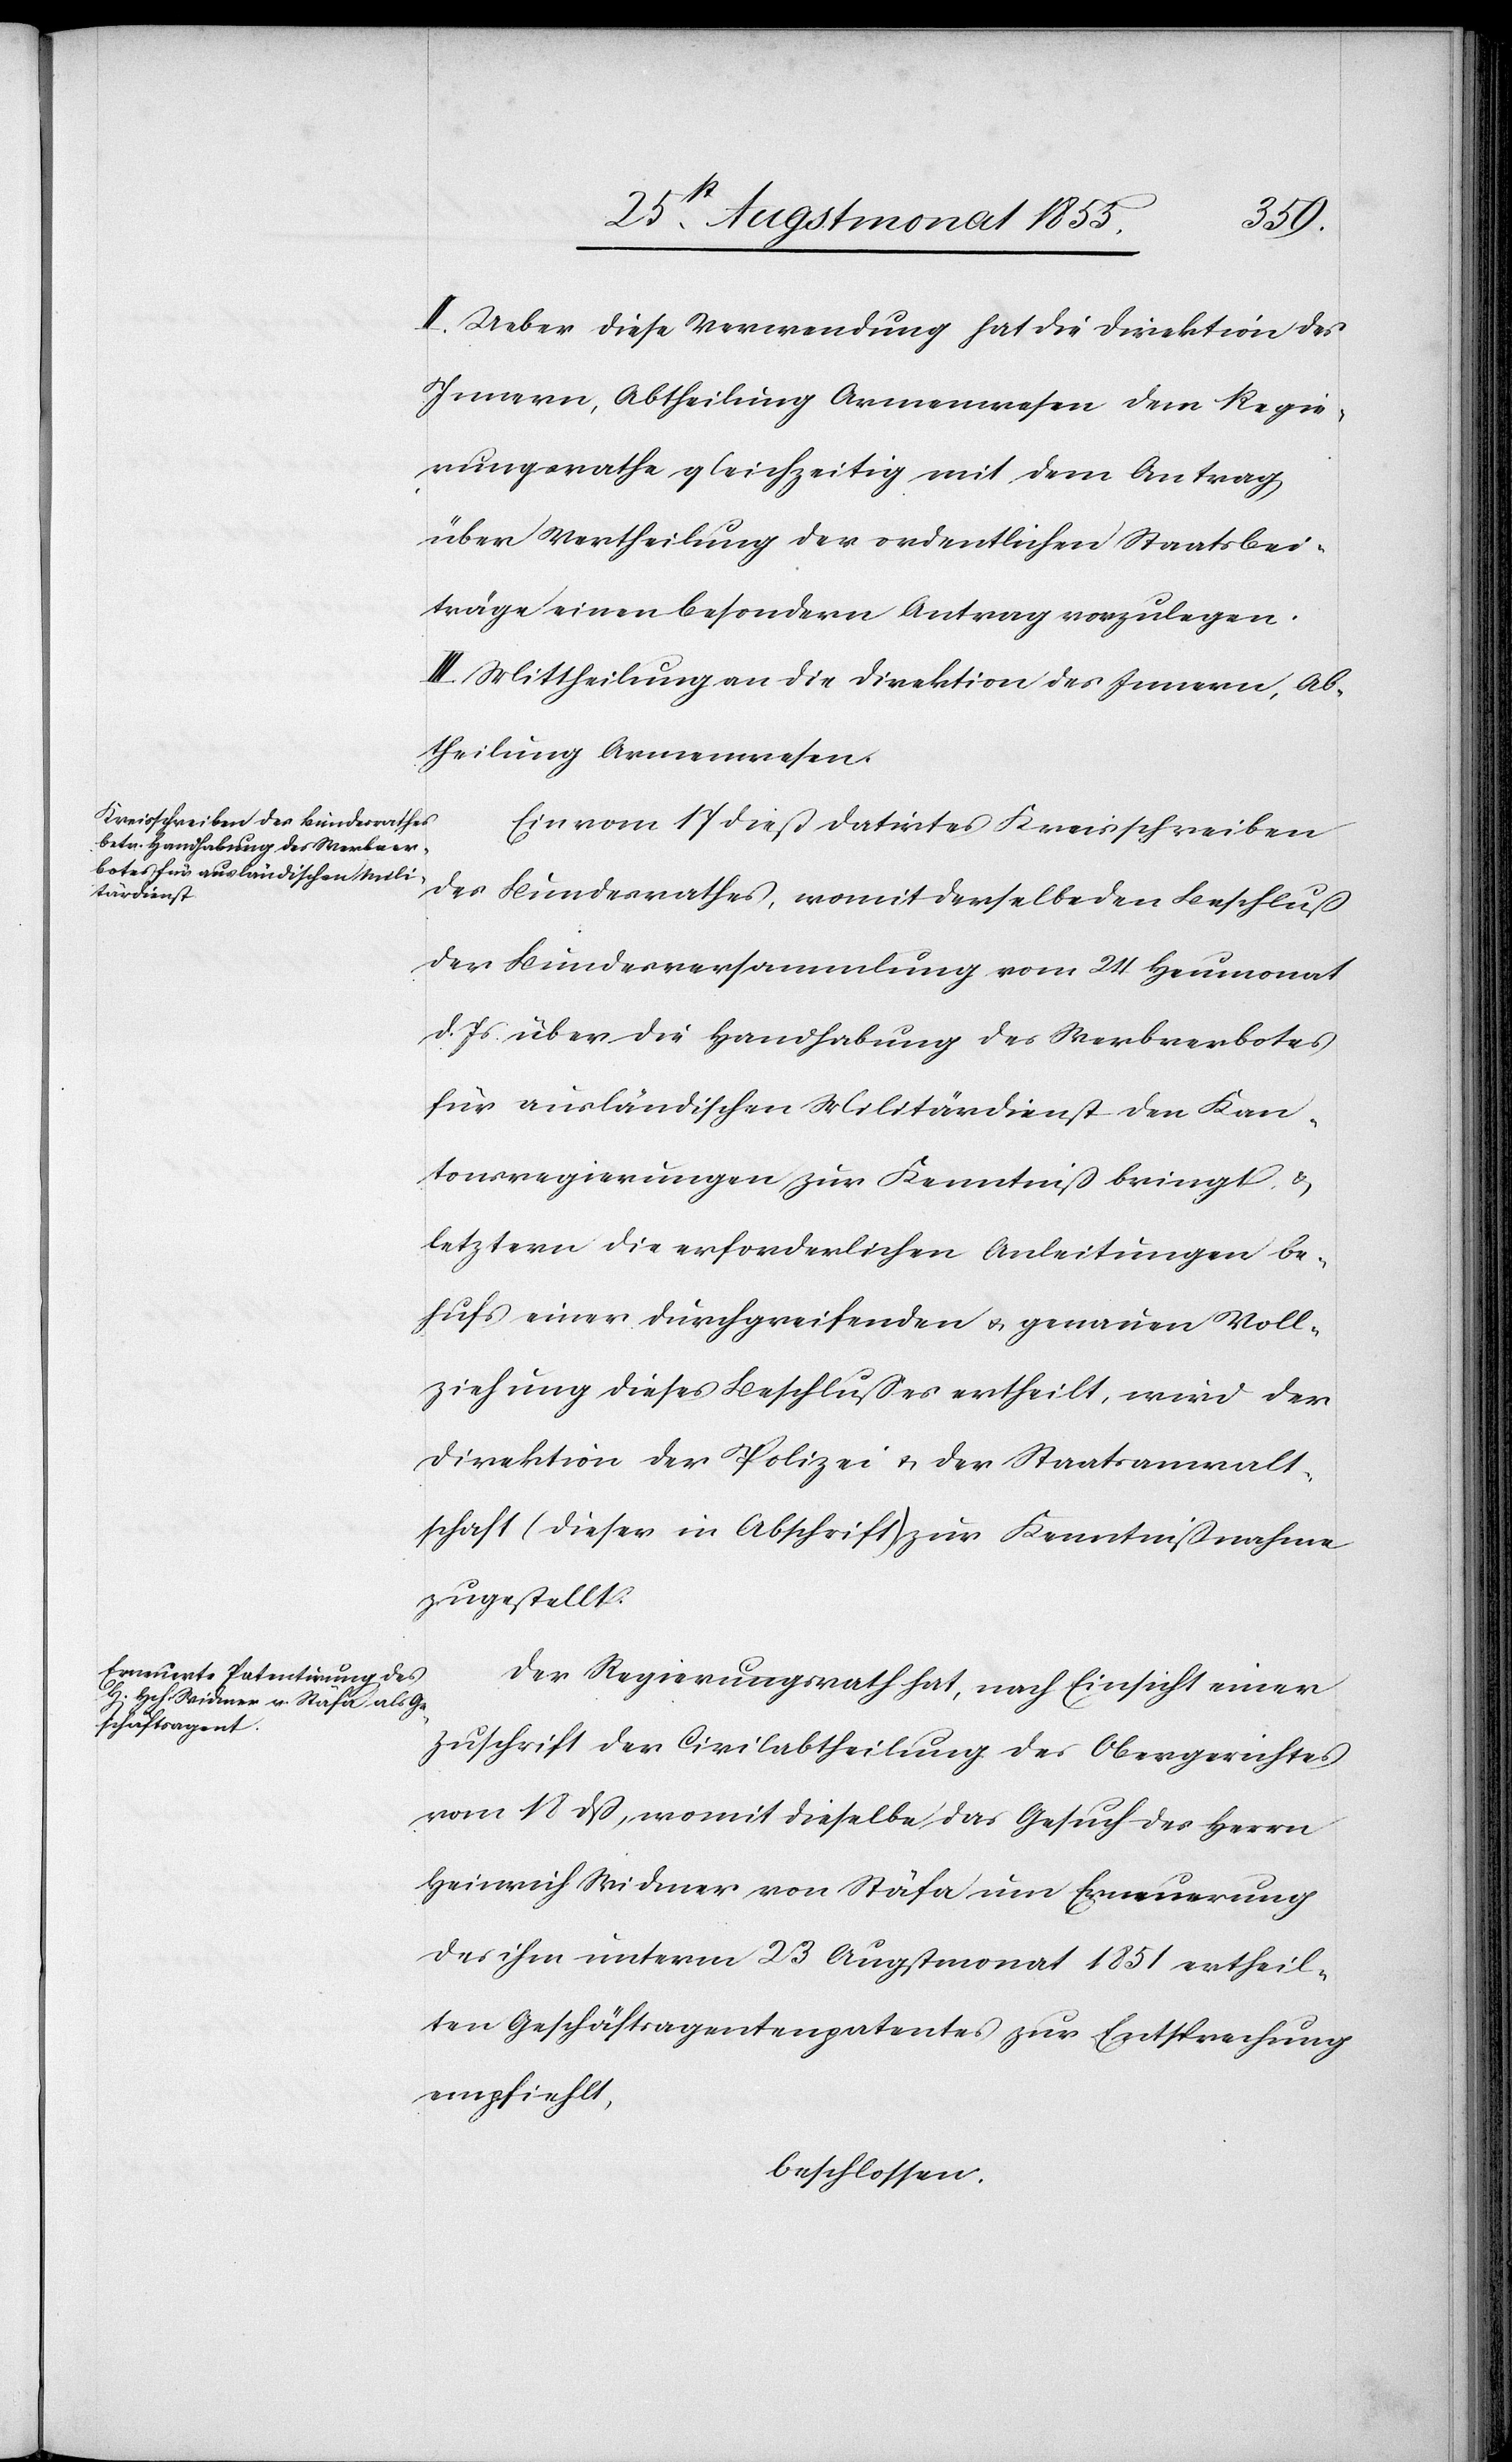
II. Ueber diese Verwendung hat die Direktion des
Innern, Abtheilung Armenwesen dem Regie¬
rungsrathe gleichzeitig mit dem Antrag
über Vertheilung der ordentlichen Staatsbei¬
träge einen besondern Antrag vorzulegen.
III. Mittheilung an die Direktion des Innern, Ab¬
theilung Armenwesen.
Ein vom 17 dieß datirtes Kreisschreiben
des Bundesrathes, womit derselbe den Beschluß
der Bundesversammlung vom 24 Heumonat
d. Js über die Handhabung des Werbverbotes
für ausländischen Militärdienst den Kan¬
tonsregierungen zur Kenntniß bringt, &
letztern die erforderlichen Anleitungen be¬
hufs einer durchgreifenden & genauen Voll¬
ziehung dieses Beschlußes ertheilt, wird der
Direktion der Polizei & der Staatsanwalt¬
schaft (dieser in Abschrift) zur Kenntnißnahme
zugestellt.
Der Regierungsrath hat, nach Einsicht einer
Zuschrift der Civilabtheilung des Obergerichtes
vom 18 dß, womit dieselbe das Gesuch des Herrn
Heinrich Widmer von Stäfa um Erneuerung
des ihm unterm 23 Augstmonat 1851 ertheil¬
ten Geschäftsagentenpatentes zur Entsprechung
empfiehlt,
beschlossen: